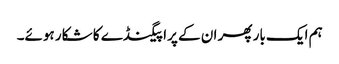
ہم ایک بار پھر ان کے پراپیگنڈے کا شکار ہوئے۔